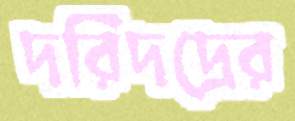
দরিদদ্রের